Report of the Indian Hemp Drugs Commission, 1894-1895 - Volume I
Year: 1894
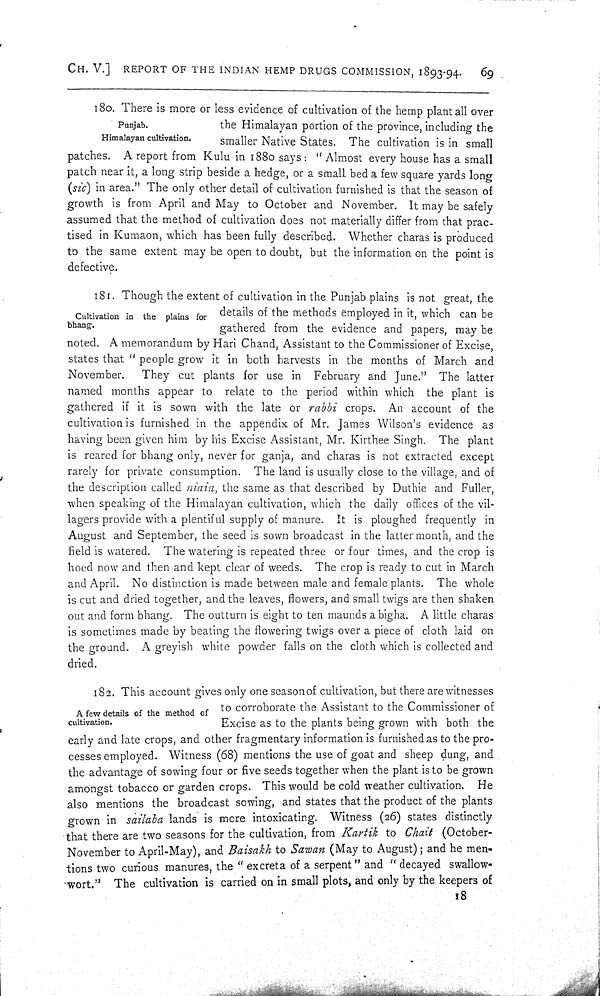
CH. V.] REPORT OF THE INDIAN HEMP DRUGS COMMISSION, 1893-94.
69
Punjab.
Himalayan cultivation.
180. There is more or less evidence of cultivation of the hemp plant all over
the Himalayan portion of the province, including the
smaller Native States. The cultivation is in small
patches. A report from Kulu in 1880 says: "Almost every house has a small
patch near it, a long strip beside a hedge, or a small bed a few square yards long
(sic) in area." The only other detail of cultivation furnished is that the season of
growth is from April and May to October and November. It may be safely
assumed that the method of cultivation does not materially differ from that prac-
tised in Kumaon, which has been fully described. Whether charas is produced
to the same extent may be open to doubt, but the information on the point is
defective.
Cultivation in the plains for
bhang.
181. Though the extent of cultivation in the Punjab plains is not great, the
details of the methods employed in it, which can be
gathered from the evidence and papers, may be
noted. A memorandum by Hari Chand, Assistant to the Commissioner of Excise,
states that "people grow it in both harvests in the months of March and
November.
They cut plants for use in February and June." The latter
named months appear to relate to the period within which the plant is
gathered if it is sown with the late or rabbi crops. An account of the
cultivation is furnished in the appendix of Mr. James Wilson's evidence as
having been given him by his Excise Assistant, Mr. Kirthee Singh. The plant
is reared for bhang only, never for ganja, and charas is not extracted except
rarely for private consumption. The land is usually close to the village, and of
the description called niain, the same as that described by Duthie and Fuller,
when speaking of the Himalayan cultivation, which the daily offices of the vil-
lagers provide with a plentiful supply of manure. It is ploughed frequently in
August and September, the seed is sown broadcast in the latter month, and the
field is watered. The watering is repeated three or four times, and the crop is
hoed now and then and kept clear of weeds. The crop is ready to cut in March
and April. No distinction is made between male and female plants. The whole
is cut and dried together, and the leaves, flowers, and small twigs are then shaken
out and form bhang. The outturn is eight to ten maunds a bigha. A little charas
is sometimes made by beating the flowering twigs over a piece of cloth laid on
the ground. A greyish white powder falls on the cloth which is collected and
dried.
A few details of the method of
cultivation.
182. This account gives only one season of cultivation, but there are witnesses
to corroborate the Assistant to the Commissioner of
Excise as to the plants being grown with both the
early and late crops, and other fragmentary information is furnished as to the pro-
cesses employed. Witness (68) mentions the use of goat and sheep dung, and
the advantage of sowing four or five seeds together when the plant is to be grown
amongst tobacco or garden crops. This would be cold weather cultivation. He
also mentions the broadcast sowing, and states that the product of the plants
grown in sailaba lands is more intoxicating. Witness (26) states distinctly
that there are two seasons for the cultivation, from Kartik to Chait (October-
November to April-May), and Baisakh to Sawan (May to August); and he men-
tions two curious manures, the "excreta of a serpent" and "decayed swallow-
wort." The cultivation is carried on in small plots, and only by the keepers of
18